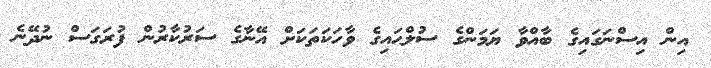
އިން އިސްނަގައިގެ ބާއްވާ ޔަމަންގެ ސުލްޙައިގެ ވާހަކަތަކަށް އޭނާގެ ސަރުކާރުން ފުރަގަސް ނުދޭނެ